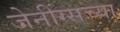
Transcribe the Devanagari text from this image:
जेनींग्सच्या